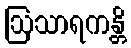
ဩသာရကန္တိ